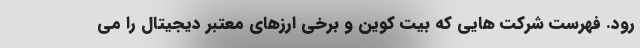
رود. فهرست شرکت هایی که بیت کوین و برخی ارزهای معتبر دیجیتال را می